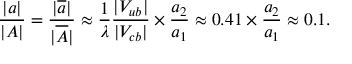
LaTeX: \frac { | a | } { | A | } = \frac { | \overline { { { a } } } | } { | \overline { { { A } } } | } \approx \frac { 1 } { \lambda } \frac { | V _ { u b } | } { | V _ { c b } | } \times \frac { a _ { 2 } } { a _ { 1 } } \approx 0 . 4 1 \times \frac { a _ { 2 } } { a _ { 1 } } \approx 0 . 1 .